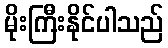
မိုးကြီးနိုင်ပါသည်